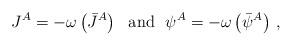
LaTeX: \begin{align*}J^A = -\omega \left(\bar J^A \right) \ \ {\rm and} \ \ \psi^A = -\omega \left(\bar \psi^A \right)\, ,\end{align*}